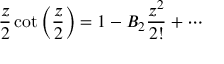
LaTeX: { \frac { z } { 2 } } \cot \left( { \frac { z } { 2 } } \right) = 1 - B _ { 2 } { \frac { z ^ { 2 } } { 2 ! } } + \cdots \qquad